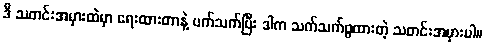
ဒီ သတင်းအမှားထဲမှာ ရေးထားတာနဲ့ ပက်သက်ပြီး ဒါက သက်သက်ဖွထားတဲ့ သတင်းအမှားပါ။